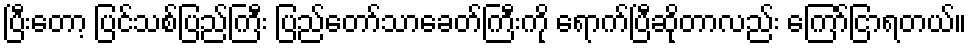
ပြီးတော့ ပြင်သစ်ပြည်ကြီး ပြည်တော်သာခေတ်ကြီးကို ရောက်ပြီဆိုတာလည်း ကြော်ငြာရတယ်။